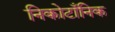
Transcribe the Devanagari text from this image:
निकोटाँनिक